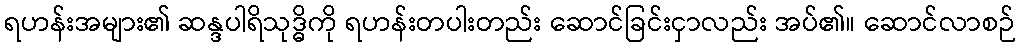
ရဟန်းအများ၏ ဆန္ဒပါရိသုဒ္ဓိကို ရဟန်းတပါးတည်း ဆောင်ခြင်းငှာလည်း အပ်၏။ ဆောင်လာစဉ်